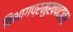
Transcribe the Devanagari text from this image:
विभागप्रमुखपदावर